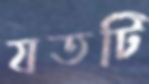
যতটি